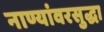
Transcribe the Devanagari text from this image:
नाण्यांवरसुद्धा